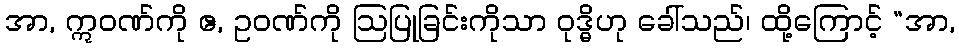
အာ, ဣဝဏ်ကို ဧ, ဥဝဏ်ကို ဩပြုခြင်းကိုသာ ဝုဒ္ဓိဟု ခေါ်သည်၊ ထို့ကြောင့် “အာ,